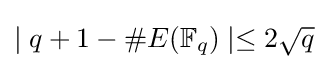
\mid q+1-\#E(\mathbb {F} _{q})\mid \leq 2{\sqrt {q}}